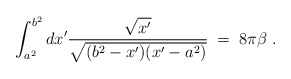
\begin{align*}\int_{a^2}^{b^2} dx^\prime {\sqrt{x^\prime}\over \sqrt{(b^2-x^\prime)(x^\prime-a^2)}}\;=\; 8\pi\beta\;.\end{align*}